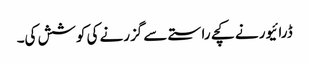
ڈرائیور نے کچے راستے سے گزرنے کی کوشش کی۔